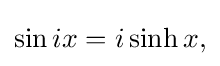
{\textstyle \sin ix=i\sinh x,}